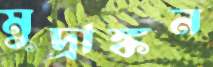
মুদ্রাঙ্কন